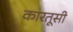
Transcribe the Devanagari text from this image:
कारतूसी